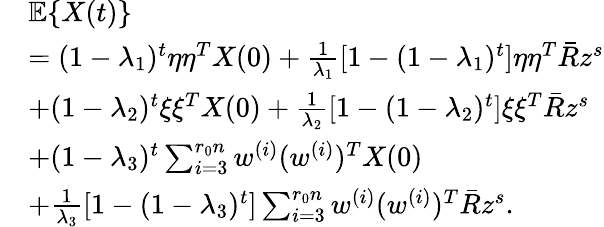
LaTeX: \begin{array}{rl}&{\mathbb{E}\{ X(t)\} }\\ &{=(1-\lambda_{1})^{t}\eta\eta^{T}X(0)+\frac{1}{\lambda_{1}}[1-(1-\lambda_{1})^{t}]\eta\eta^{T}\bar{R}z^{s}}\\ &{+(1-\lambda_{2})^{t}\xi\xi^{T}X(0)+\frac{1}{\lambda_{2}}[1-(1-\lambda_{2})^{t}]\xi\xi^{T}\bar{R}z^{s}}\\ &{+(1-\lambda_{3})^{t}\sum_{i=3}^{r_{0}n}w^{(i)}(w^{(i)})^{T}X(0)}\\ &{+\frac{1}{\lambda_{3}}[1-(1-\lambda_{3})^{t}]\sum_{i=3}^{r_{0}n}w^{(i)}(w^{(i)})^{T}\bar{R}z^{s}.}\end{array}